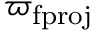
\varpi _ { \mathrm { f p r o j } }